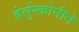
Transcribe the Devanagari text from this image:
बेर्लुस्कोनीने